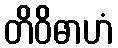
တိဝိဓာဟံ